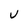
Character: U